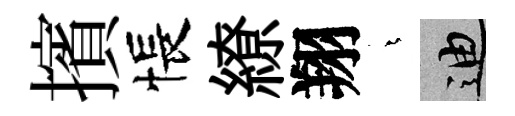
擯悵繚翔燁迪